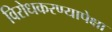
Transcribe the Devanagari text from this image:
विरोधकरण्यापेक्षा